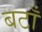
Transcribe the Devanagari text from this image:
बटाँ